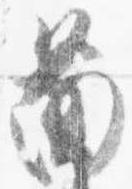
図